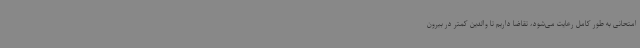
امتحانی به طور کامل رعایت می‌شود، تقاضا داریم تا والدین کمتر در بیرون